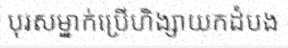
បុរសម្នាក់ប្រើហិង្សាយកដំបង